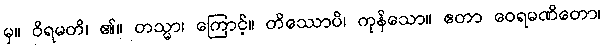
မှ။ ဝိရမတိ၊ ၏။ တသ္မာ၊ ကြောင့်။ တိဿောပိ၊ ကုန်သော။ ဧတာ ဝေရမဏိတော၊